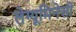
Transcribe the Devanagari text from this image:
लेग्यूमिनेसी